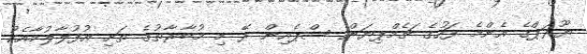
ޔޫރަޕްގެ އެންމެ ފަހުގެ ޗެމްޕިޔަން ސްޕެއިން ރޭ މި މުބާރާތުގެ ތަށި އުފުލާލުމާއެކު